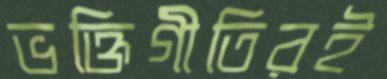
ভক্তিগীতিরই